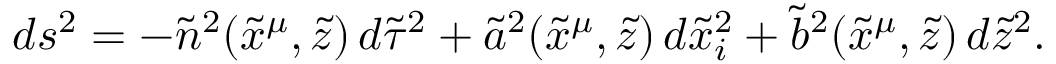
d s ^ { 2 } = - { \tilde { n } } ^ { 2 } ( { \tilde { x } } ^ { \mu } , { \tilde { z } } ) \, d { \tilde { \tau } } ^ { 2 } + { \tilde { a } } ^ { 2 } ( { \tilde { x } } ^ { \mu } , { \tilde { z } } ) \, d { \tilde { x } } _ { i } ^ { 2 } + { \tilde { b } } ^ { 2 } ( { \tilde { x } } ^ { \mu } , { \tilde { z } } ) \, d { \tilde { z } } ^ { 2 } .